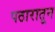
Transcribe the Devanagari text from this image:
पठारातून